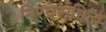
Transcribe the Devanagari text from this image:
निरपराधित्व